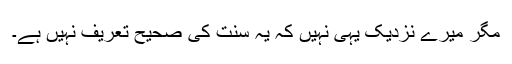
مگر میرے نزدیک یہی نہیں کہ یہ سنت کی صحیح تعریف نہیں ہے۔